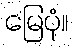
မြေပုံ။